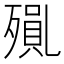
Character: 𭮝